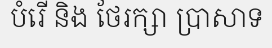
បំរើ និង ថែរក្សា ប្រាសាទ